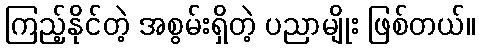
ကြည့်နိုင်တဲ့ အစွမ်းရှိတဲ့ ပညာမျိုး ဖြစ်တယ်။